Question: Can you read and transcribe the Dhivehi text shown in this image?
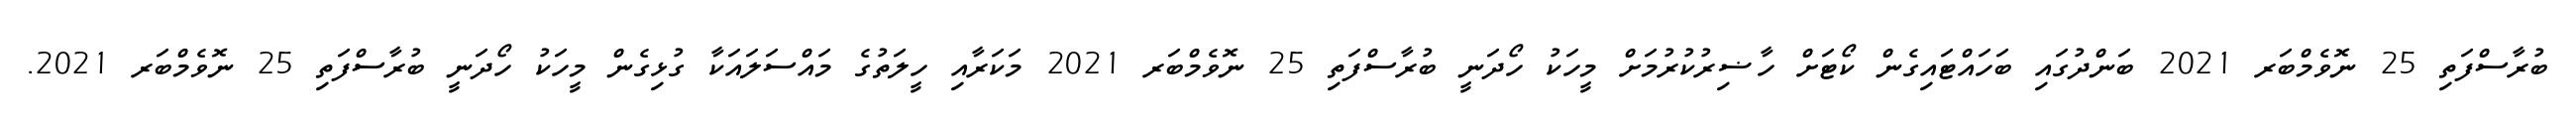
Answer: ބުރާސްފަތި 25 ނޮވެމްބަރ 2021 ބަންދުގައި ބަހައްޓައިގެން ކޯޓަށް ހާޟިރުކުރުމަށް މީހަކު ހޯދަނީ ބުރާސްފަތި 25 ނޮވެމްބަރ 2021 މަކަރާއި ހީލަތުގެ މައްސަލައަކާ ގުޅިގެން މީހަކު ހޯދަނީ ބުރާސްފަތި 25 ނޮވެމްބަރ 2021.